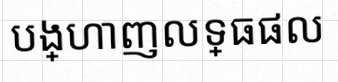
បង្ហាញលទ្ធផល